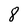
Character: 8